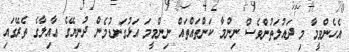
އެހެންވީމާ މި ދައުލަތުންވެސް ނިންމާ ކަންތައްތައް ނިންމީމަ އަޅުގަނޑުމެން ދުނިޔޭގެ ޢާއިލާގެ ތެރޭގައި